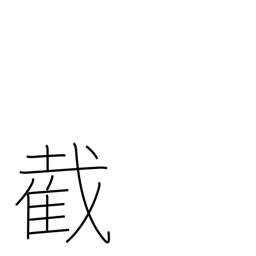
Meaning: sever